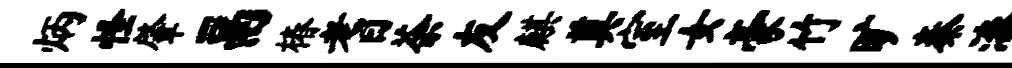
炳怪肇鬲椿耆荼友麒奠室女豪竹旷秦漆